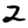
Digit: 2